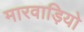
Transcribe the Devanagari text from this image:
मारवाड़ियो